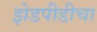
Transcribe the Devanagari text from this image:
झेडपीडीचा